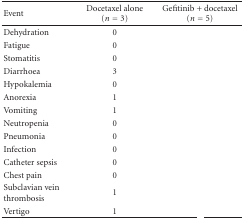
<table><thead><tr><td><b> Event</b></td><td><b>Docetaxel alone (<i>n</i> = 3)</b></td><td><b>Gefitinib + docetaxel (<i>n</i> = 5)</b></td></tr></thead><tbody><tr><td>Dehydration</td><td>0</td><td>[EMPTY_CELL]</td></tr><tr><td>Fatigue</td><td>0</td><td>[EMPTY_CELL]</td></tr><tr><td>Stomatitis</td><td>0</td><td>[EMPTY_CELL]</td></tr><tr><td>Diarrhoea</td><td>3</td><td>[EMPTY_CELL]</td></tr><tr><td>Hypokalemia</td><td>0</td><td>[EMPTY_CELL]</td></tr><tr><td>Anorexia</td><td>1</td><td>[EMPTY_CELL]</td></tr><tr><td>Vomiting</td><td>1</td><td>[EMPTY_CELL]</td></tr><tr><td>Neutropenia</td><td>0</td><td>[EMPTY_CELL]</td></tr><tr><td>Pneumonia</td><td>0</td><td>[EMPTY_CELL]</td></tr><tr><td>Infection</td><td>0</td><td>[EMPTY_CELL]</td></tr><tr><td>Catheter sepsis</td><td>0</td><td>[EMPTY_CELL]</td></tr><tr><td>Chest pain</td><td>0</td><td>[EMPTY_CELL]</td></tr><tr><td>Subclavian vein thrombosis</td><td>1</td><td>[EMPTY_CELL]</td></tr><tr><td>Vertigo</td><td>1</td><td>[EMPTY_CELL]</td></tr></tbody></table>